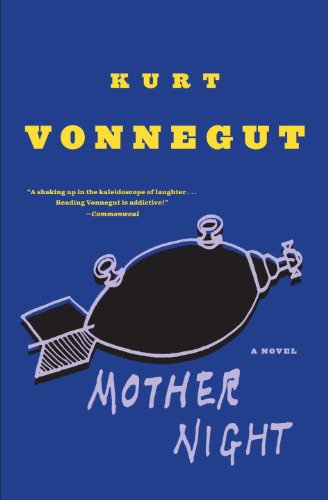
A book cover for Mother Night: A Novel; Kurt Vonnegut; Humor & Entertainment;